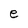
Character: e